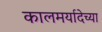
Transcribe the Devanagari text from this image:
कालमर्यादेच्या